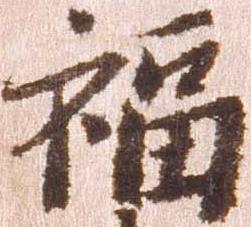
福